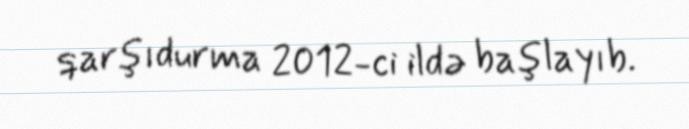
qarşıdurma 2012-ci ildə başlayıb.